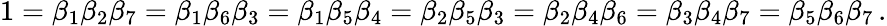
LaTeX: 1=\beta_{1}\beta_{2}\beta_{7}=\beta_{1}\beta_{6}\beta_{3}=\beta_{1}\beta_{5}\beta_{4}=\beta_{2}\beta_{5}\beta_{3}=\beta_{2}\beta_{4}\beta_{6}=\beta_{3}\beta_{4}\beta_{7}=\beta_{5}\beta_{6}\beta_{7}\, .